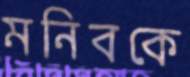
মনিবকে